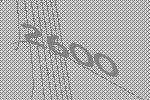
2600